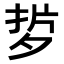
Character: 𭡂